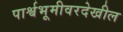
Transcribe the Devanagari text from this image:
पार्श्वभूमीवरदेखील